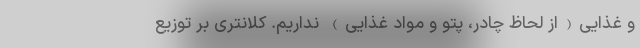
و غذایی(از لحاظ چادر، پتو و مواد غذایی) نداریم. کلانتری بر توزیع